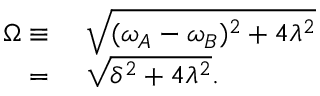
\begin{array} { r l } { \Omega \equiv } & { { } ~ \sqrt { ( \omega _ { A } - \omega _ { B } ) ^ { 2 } + 4 \lambda ^ { 2 } } } \\ { = } & { { } ~ \sqrt { \delta ^ { 2 } + 4 \lambda ^ { 2 } } . } \end{array}